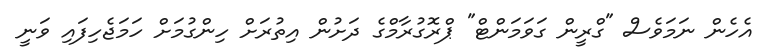
އެހެން ނަމަވެސް "ގްރީން ގަވަމަންޓް" ޕްރޮގުރާމްގެ ދަށުން އިތުރަށް ހިންގުމަށް ހަމަޖެހިފައި ވަނީ